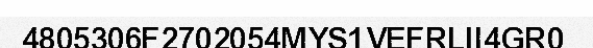
4805306F2702054MYS1VEFRLII4GR0